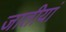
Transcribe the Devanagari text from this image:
जातीयां